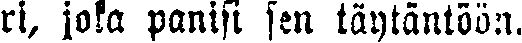
ri, joka panisi sen täytäntöön.